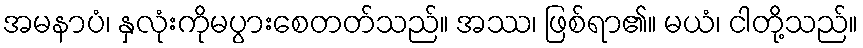
အမနာပံ၊ နှလုံးကိုမပွားစေတတ်သည်။ အဿ၊ ဖြစ်ရာ၏။ မယံ၊ ငါတို့သည်။